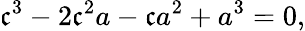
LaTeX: \mathfrak{c}^{3}-2\mathfrak{c}^{2}a-\mathfrak{c}a^{2}+a^{3}=0,